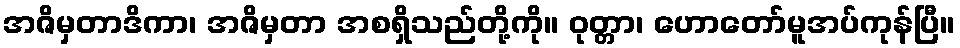
အဇိမှတာဒိကာ၊ အဇိမှတာ အစရှိသည်တို့ကို။ ဝုတ္တာ၊ ဟောတော်မူအပ်ကုန်ပြီ။